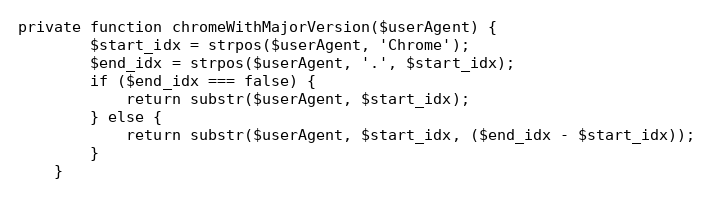
Language: PHP
private function chromeWithMajorVersion($userAgent) {
		$start_idx = strpos($userAgent, 'Chrome');
		$end_idx = strpos($userAgent, '.', $start_idx);
		if ($end_idx === false) {
			return substr($userAgent, $start_idx);
		} else {
			return substr($userAgent, $start_idx, ($end_idx - $start_idx));
		}
	}